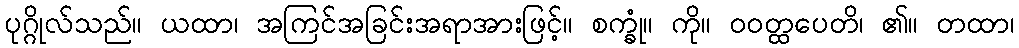
ပုဂ္ဂိုလ်သည်။ ယထာ၊ အကြင်အခြင်းအရာအားဖြင့်။ စက္ခုံ။ ကို။ ဝဝတ္ထပေတိ၊ ၏။ တထာ၊